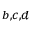
^ { b , c , d }